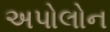
અપોલોન